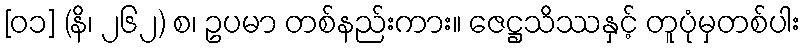
[၀၁] (နိ၊ ၂၆၂) စ၊ ဥပမာ တစ်နည်းကား။ ဇေဋ္ဌသိဿနှင့် တူပုံမှတစ်ပါး